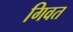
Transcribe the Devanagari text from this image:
गिवत